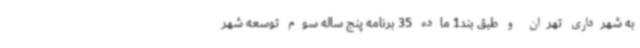
به شهرداری تهران و طبق بند1 ماده 35 برنامه پنج ساله سوم توسعه شهر